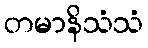
တမာနိသံသံ